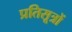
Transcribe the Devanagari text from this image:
प्रतिसूत्रों